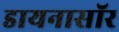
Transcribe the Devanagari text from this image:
डायनासॉर